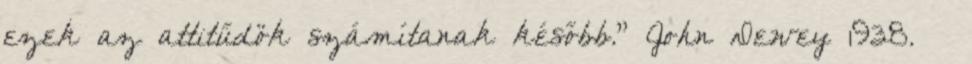
ezek az attitűdök számítanak később." John Dewey 1938. –